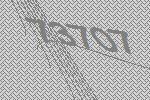
73707